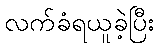
လက်ခံရယူခဲ့ပြီး